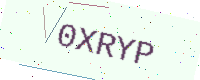
Text: 0XRYP